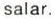
salar.